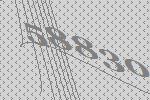
58830